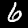
Label: 6